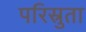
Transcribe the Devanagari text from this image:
परिस्रुता